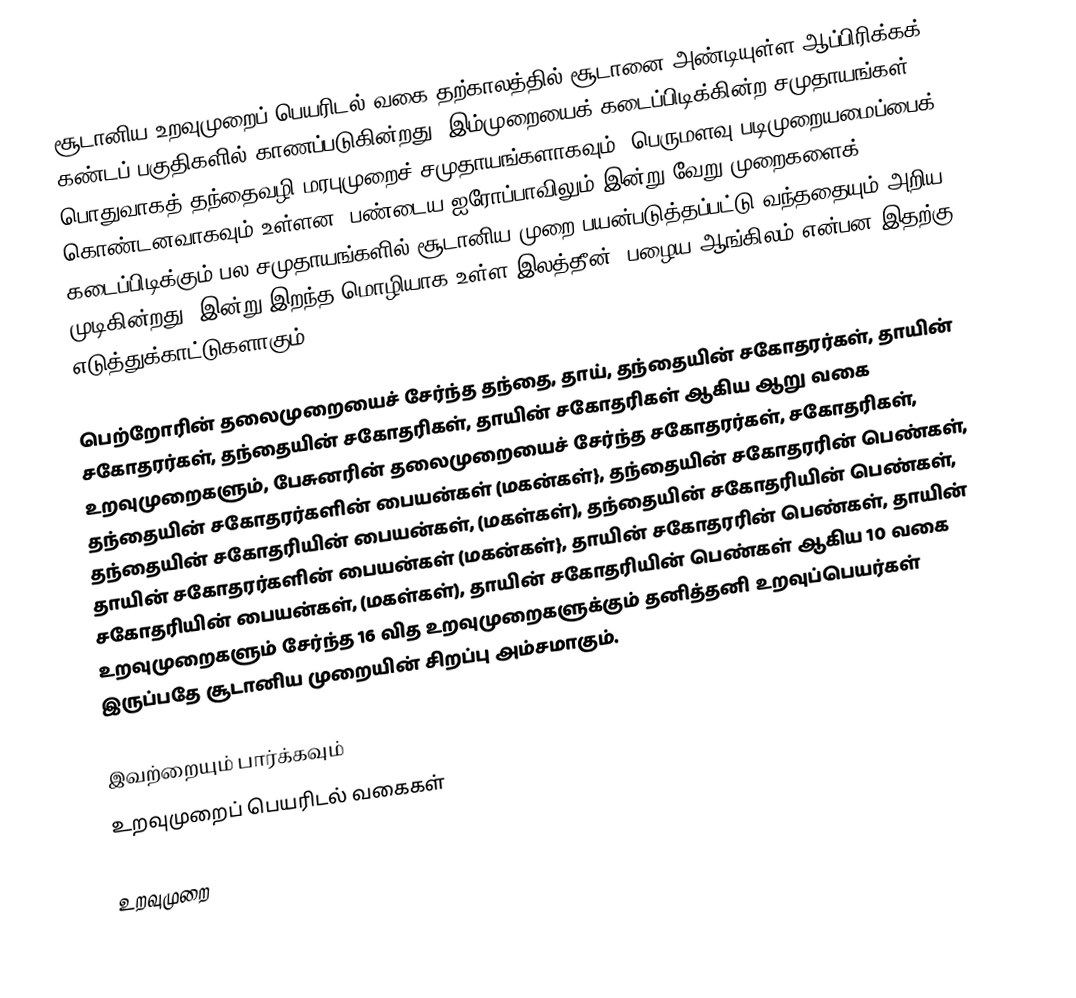
சூடானிய உறவுமுறைப் பெயரிடல் வகை தற்காலத்தில் சூடானை அண்டியுள்ள ஆப்பிரிக்கக் கண்டப் பகுதிகளில் காணப்படுகின்றது. இம்முறையைக் கடைப்பிடிக்கின்ற சமுதாயங்கள் பொதுவாகத் தந்தைவழி மரபுமுறைச் சமுதாயங்களாகவும், பெருமளவு படிமுறையமைப்பைக் கொண்டனவாகவும் உள்ளன. பண்டைய ஐரோப்பாவிலும் இன்று வேறு முறைகளைக் கடைப்பிடிக்கும் பல சமுதாயங்களில் சூடானிய முறை பயன்படுத்தப்பட்டு வந்ததையும் அறிய முடிகின்றது. இன்று இறந்த மொழியாக உள்ள இலத்தீன், பழைய ஆங்கிலம் என்பன இதற்கு எடுத்துக்காட்டுகளாகும்.

பெற்றோரின் தலைமுறையைச் சேர்ந்த தந்தை, தாய், தந்தையின் சகோதரர்கள், தாயின் சகோதரர்கள், தந்தையின் சகோதரிகள், தாயின் சகோதரிகள் ஆகிய ஆறு வகை உறவுமுறைகளும், பேசுனரின் தலைமுறையைச் சேர்ந்த சகோதரர்கள், சகோதரிகள், தந்தையின் சகோதரர்களின் பையன்கள் (மகன்கள்}, தந்தையின் சகோதரரின் பெண்கள், தந்தையின் சகோதரியின் பையன்கள், (மகள்கள்), தந்தையின் சகோதரியின் பெண்கள், தாயின் சகோதரர்களின் பையன்கள் (மகன்கள்}, தாயின் சகோதரரின் பெண்கள், தாயின் சகோதரியின் பையன்கள், (மகள்கள்), தாயின் சகோதரியின் பெண்கள் ஆகிய 10 வகை உறவுமுறைகளும் சேர்ந்த 16 வித உறவுமுறைகளுக்கும் தனித்தனி உறவுப்பெயர்கள் இருப்பதே சூடானிய முறையின் சிறப்பு அம்சமாகும்.

இவற்றையும் பார்க்கவும்
 உறவுமுறைப் பெயரிடல் வகைகள்

உறவுமுறை